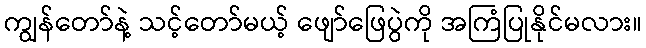
ကျွန်တော်နဲ့ သင့်တော်မယ့် ဖျော်ဖြေပွဲကို အကြံပြုနိုင်မလား။